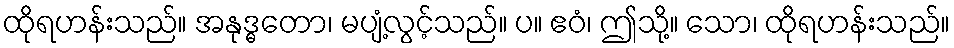
ထိုရဟန်းသည်။ အနုဒ္ဓတော၊ မပျံ့လွင့်သည်။ ပ။ ဧဝံ၊ ဤသို့။ သော၊ ထိုရဟန်းသည်။